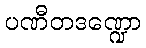
ပဏီတဒဏ္ဍော